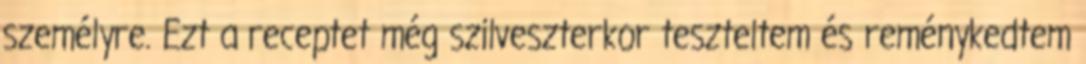
személyre. Ezt a receptet még szilveszterkor teszteltem és reménykedtem